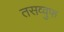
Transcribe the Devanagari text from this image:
तसव्‍वुफ